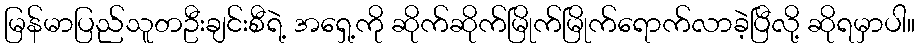
မြန်မာပြည်သူတဦးချင်းစီရဲ့ အရှေ့ကို ဆိုက်ဆိုက်မြိုက်မြိုက်ရောက်လာခဲ့ပြီလို့ ဆိုရမှာပါ။